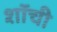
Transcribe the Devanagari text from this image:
शॉची